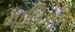
માલિકનિ